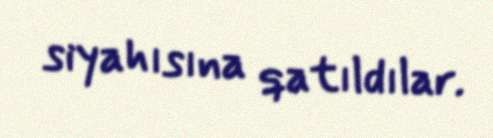
siyahısına qatıldılar.